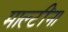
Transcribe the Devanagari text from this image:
माल्टींना